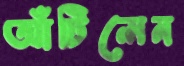
আঁটিলেন